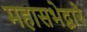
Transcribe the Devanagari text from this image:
महासभेद्वारे